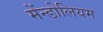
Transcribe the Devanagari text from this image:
मेंन्डोलियम